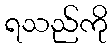
ရသည်ကို